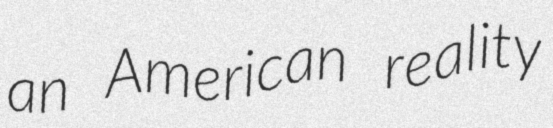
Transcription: an American reality